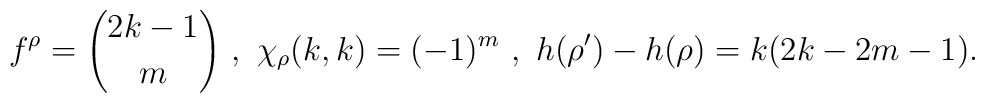
f^\rho = {2k-1 \choose m} \ , \ \chi_\rho(k,k) = (-1)^m \ , \ h(\rho')-h(\rho) = k (2k-2m-1).